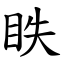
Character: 眣